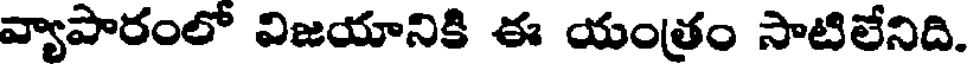
వ్యాపారంలో విజయానికి ఈ యంత్రం సాటిలేనిది.